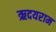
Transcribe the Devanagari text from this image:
ऋदयराम